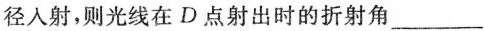
径入射，则光线在D点射出时的折射角___